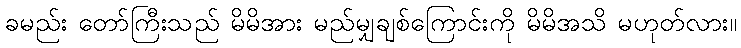
ခမည်း တော်ကြီးသည် မိမိအား မည်မျှချစ်ကြောင်းကို မိမိအသိ မဟုတ်လား။